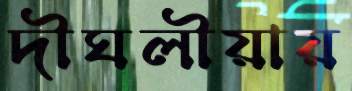
দীঘলীয়ায়